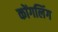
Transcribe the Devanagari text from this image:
कोंगलिंग